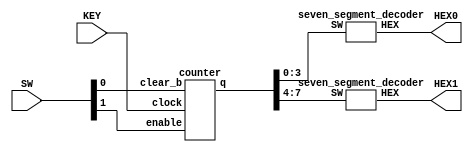
module lab5(KEY, SW, HEX0, HEX1);
	input [0:0] KEY;
	input [1:0] SW;
	output [6:0] HEX0;
	output [6:0] HEX1;
	wire [7:0] CounterOut;
	
	counter MyCounter(
		.enable(SW[1]),
		.clear_b(SW[0]),
		.clock(KEY[0]),
		.q(CounterOut)
	);
	

	seven_segment_decoder H0(
		.HEX(HEX0),
		.SW(CounterOut[3:0])
	);
	seven_segment_decoder H1(
		.HEX(HEX1),
		.SW(CounterOut[7:4])
	);	
	
	
endmodule

module counter(enable, clock, clear_b, q);
	input enable, clock, clear_b;
	output [7:0] q;
	
	wire and1, and2, and3, and4, and5, and6, and7;
	
	assign and1 = q[0] & enable;
	assign and2 = q[1] & and1;
	assign and3 = q[2] & and2;
	assign and4 = q[3] & and3;
	assign and5 = q[4] & and4;
	assign and6 = q[5] & and5;
	assign and7 = q[6] & and6;
	
	MyTFF t0(
		.t(enable),
		.clk(clock),
		.reset(clear_b),
		.q(q[0])
	);
	
	MyTFF t1(
		.t(and1),
		.clk(clock),
		.reset(clear_b),
		.q(q[1])
	);
	
	MyTFF t2(
		.t(and2),
		.clk(clock),
		.reset(clear_b),
		.q(q[2])
	);
	
	MyTFF t3(
		.t(and3),
		.clk(clock),
		.reset(clear_b),
		.q(q[3])
	);
	
	MyTFF t4(
		.t(and4),
		.clk(clock),
		.reset(clear_b),
		.q(q[4])
	);
	
	MyTFF t5(
		.t(and5),
		.clk(clock),
		.reset(clear_b),
		.q(q[5])
	);
	
	MyTFF t6(
		.t(and6),
		.clk(clock),
		.reset(clear_b),
		.q(q[6])
	);
	
	MyTFF t7(
		.t(and7),
		.clk(clock),
		.reset(clear_b),
		.q(q[7])
	);
	
endmodule

module MyTFF(t, clk, reset, q);
	input t, clk, reset;
	output q;
	reg q;
	always @(posedge clk, negedge reset)
	begin
		if(reset == 1'b0)
			q <= 1'b0;
		else if(t == 1'b1)
			q <= !q;
	end
	
endmodule


module seven_segment_decoder(HEX, SW);
    input [3:0] SW;
    output [6:0] HEX;
	
	hex0 s0(
		.c0(SW[0]),
		.c1(SW[1]),
		.c2(SW[2]),
		.c3(SW[3]),
		.m(HEX[0])
		);	
	hex1 s1(
		.c0(SW[0]),
		.c1(SW[1]),
		.c2(SW[2]),
		.c3(SW[3]),
		.m(HEX[1])
		);	
	hex2 s2(
		.c0(SW[0]),
		.c1(SW[1]),
		.c2(SW[2]),
		.c3(SW[3]),
		.m(HEX[2])
		);	
	hex3 s3(
		.c0(SW[0]),
		.c1(SW[1]),
		.c2(SW[2]),
		.c3(SW[3]),
		.m(HEX[3])
		);
	hex4 s4(
		.c0(SW[0]),
		.c1(SW[1]),
		.c2(SW[2]),
		.c3(SW[3]),
		.m(HEX[4])
		);	
	hex5 s5(
		.c0(SW[0]),
		.c1(SW[1]),
		.c2(SW[2]),
		.c3(SW[3]),
		.m(HEX[5])
		);
	hex6 s6(
		.c0(SW[0]),
		.c1(SW[1]),
		.c2(SW[2]),
		.c3(SW[3]),
		.m(HEX[6])
		);	
endmodule

module hex0(c0, c1, c2, c3, m);
    input c0;
    input c1;
    input c2;
	input c3;
    output m;
	
	assign m = (~c3 & ~c2 & ~c1 & c0) | (~c3 & c2 & ~c1 & ~c0) | (c3 & c2 & ~c1 & c0) | (c3 & ~c2 & c1 & c0);

endmodule


module hex1(c0, c1, c2, c3, m);
    input c0;
    input c1;
    input c2;
	input c3;
    output m;
	
	assign m = (c3 & c2 & c1) | (c3 & c2 & ~c1 & ~c0) | (~c3 & c2 & ~c1 & c0) | (c3 & ~c2 & c1 & c0) | (~c3 & c2 & c1 & ~c0);

endmodule

module hex2(c0, c1, c2, c3, m);
    input c0;
    input c1;
    input c2;
	input c3;
    output m;
	
	assign m = (c3 & c2 & c1) | (c3 & c2 & ~c1 & ~c0) | (~c3 & ~c2 & c1 & ~c0);

endmodule

module hex3(c0, c1, c2, c3, m);
    input c0;
    input c1;
    input c2;
	input c3;
    output m;
	
	assign m = (~c2 & ~c1 & c0) | (c2 & c1 & c0) | (~c3 & c2 & ~c1 & ~c0) | (c3 & ~c2 & c1 & ~c0);

endmodule

module hex4(c0, c1, c2, c3, m);
    input c0;
    input c1;
    input c2;
	input c3;
    output m;
	
	assign m = (~c3 & c0) | (~c3 & c2 & ~c1 & ~c0) | (c3 & ~c2 & ~c1 & c0);

endmodule

module hex5(c0, c1, c2, c3, m);
    input c0;
    input c1;
    input c2;
	input c3;
    output m;
	
	assign m = (~c3 & c1 & c0) | (~c3 & ~c2 & ~c1 & c0) | (c3 & c2 & ~c1 & c0) | (~c3 & ~c2 & c1 & ~c0);

endmodule

module hex6(c0, c1, c2, c3, m);
    input c0;
    input c1;
    input c2;
	input c3;
    output m;
	
	assign m = (~c3 & ~c2 & ~c1) | (c3 & c2 & ~c1 & ~c0) | (~c3 & c2 & c1 & c0);

endmodule